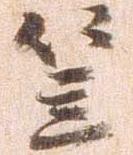
笠